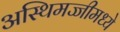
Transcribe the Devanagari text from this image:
अस्थिमज्जीमध्ये